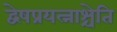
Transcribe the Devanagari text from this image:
द्वेषप्रयत्नाश्चेति